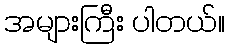
အများကြီး ပါတယ်။